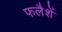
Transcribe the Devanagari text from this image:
फलैशें